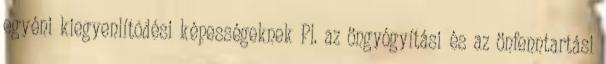
egyéni kiegyenlítõdési képességeknek Pl. az öngyógyítási és az önfenntartási